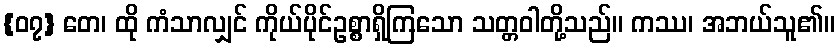
{၀၇} တေ၊ ထို ကံသာလျှင် ကိုယ်ပိုင်ဥစ္စာရှိကြသော သတ္တဝါတို့သည်။ ကဿ၊ အဘယ်သူ၏။